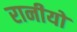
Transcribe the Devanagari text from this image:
रानीयों